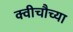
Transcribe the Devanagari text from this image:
क्वीचौच्या